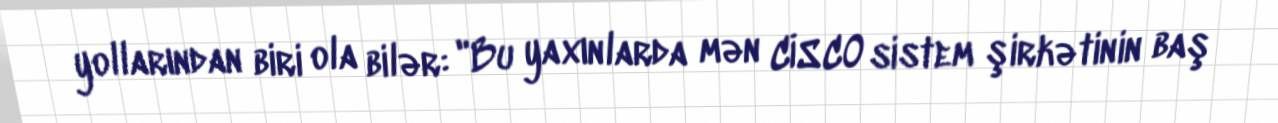
yollarından biri ola bilər: "Bu yaxınlarda mən CİSCO sistem şirkətinin baş